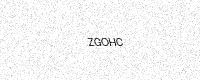
Text: ZGOHC